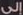
إلى